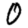
Digit: 0